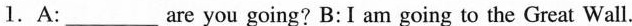
1.A:___are you going? B:I am going to the Great Wall.